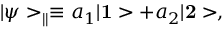
| \psi > _ { \parallel } \equiv a _ { 1 } | { \bf 1 } > + a _ { 2 } | { \bf 2 } > ,